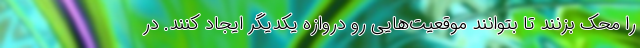
را محک بزنند تا بتوانند موقعیت‌هایی رو دروازه یکدیگر ایجاد کنند. در